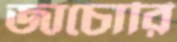
জাচোরি